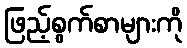
ဖြည့်စွက်စာများကို